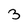
Character: 3